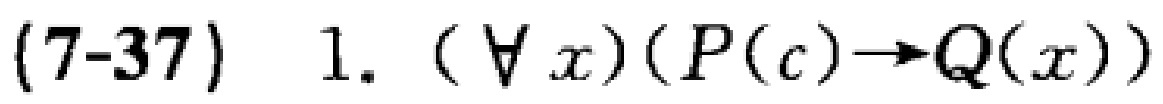
(7-37) 1. $(\forall x)(P(c)\to Q(x))$